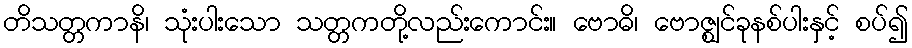
တိသတ္တကာနိ၊ သုံးပါးသော သတ္တကတို့လည်းကောင်း။ ဗောဓိ၊ ဗောဇ္ဈင်ခုနစ်ပါးနှင့် စပ်၍